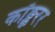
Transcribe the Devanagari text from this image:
कॉङ्क्वरर